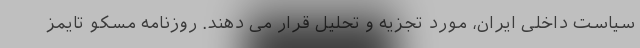
سیاست داخلی ایران، مورد تجزیه و تحلیل قرار می دهند. روزنامه مسکو تایمز